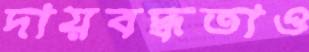
দায়বদ্ধতাও